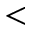
<